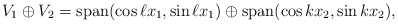
\begin{align*}V_1 \oplus V_2 = \mathrm{span}(\cos \ell x_1, \sin \ell x_1) \oplus \mathrm{span}(\cos k x_2, \sin k x_2), \end{align*}